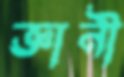
জ্ঞানী